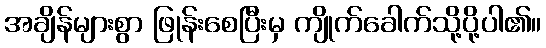
အချိန်များစွာ ဖြုန်းစေပြီးမှ ကျိုက်ခေါက်သို့ပို့ပါ၏။